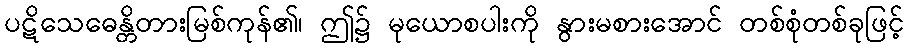
ပဋိသေဓေန္တိတားမြစ်ကုန်၏၊ ဤ၌ မုယောစပါးကို နွားမစားအောင် တစ်စုံတစ်ခုဖြင့်